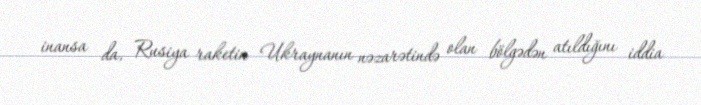
inansa da, Rusiya raketin Ukraynanın nəzarətində olan bölgədən atıldığını iddia